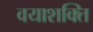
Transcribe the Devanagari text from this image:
वयाशक्ति